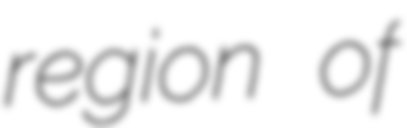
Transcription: region of